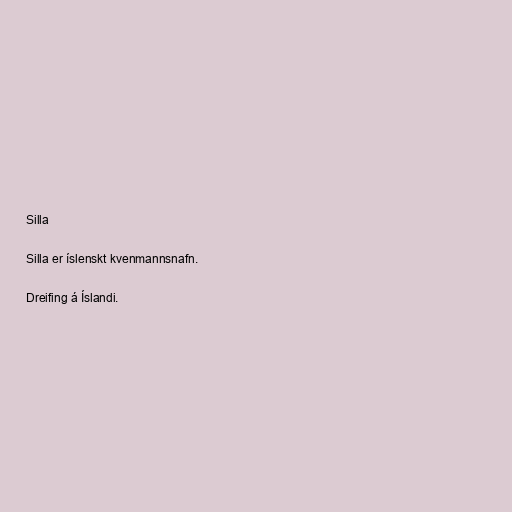
Silla

Silla er íslenskt kvenmannsnafn.

Dreifing á Íslandi.